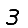
Digit: 3